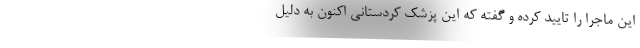
این ماجرا را تایید کرده و گفته که این پزشک کردستانی اکنون به دلیل